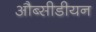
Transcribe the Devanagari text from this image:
औब्सीडीयन